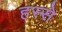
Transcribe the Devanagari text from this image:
हस्से